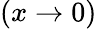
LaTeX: (x\to 0)